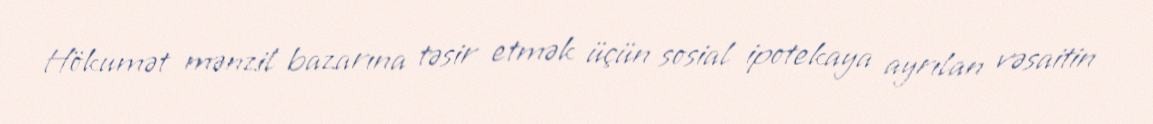
Hökumət mənzil bazarına təsir etmək üçün sosial ipotekaya ayrılan vəsaitin